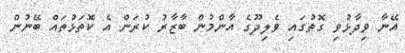
އޭނާ ވިދާޅުވި ގޮތުގައި ވެލިދޫގެ އާންމުން ބާޒާރު ކުރަން އެ ކޮތަޅުތައް ބޭނުން